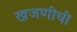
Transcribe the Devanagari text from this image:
खजणीची